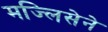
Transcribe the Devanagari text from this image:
मज्लिसेने